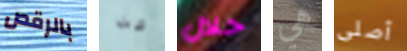
بالرقص عن خلال هي أصلى